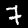
Label: 7